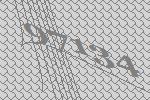
97134